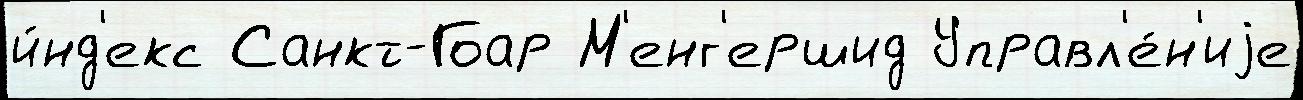
и́нд'екс Санкт-Гоар М'енг'ершид Управл'е́н'иjе